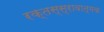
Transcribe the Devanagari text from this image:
रक्तस्स्रावात्मक